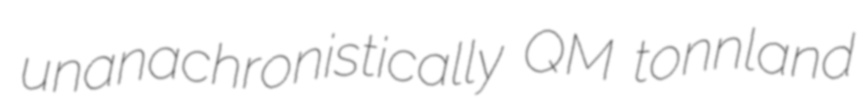
unanachronistically QM tonnland